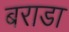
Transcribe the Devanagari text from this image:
बराडा